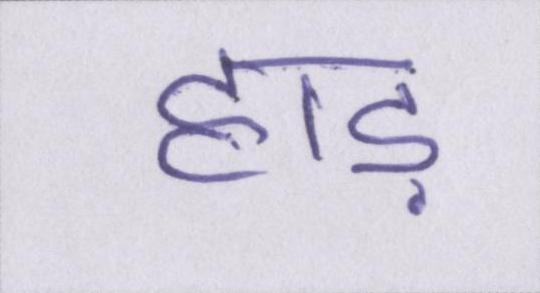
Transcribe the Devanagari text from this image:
हाड़